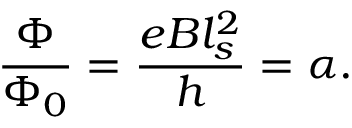
\frac { \Phi } { \Phi _ { 0 } } = \frac { e B l _ { s } ^ { 2 } } { h } = \alpha .